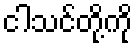
ငါသင်တို့ကို